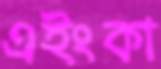
এইংকা